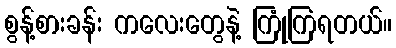
စွန့်စားခန်း ကလေးတွေနဲ့ ကြုံကြရတယ်။